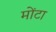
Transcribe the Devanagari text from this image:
मोंटा